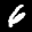
Label: 6